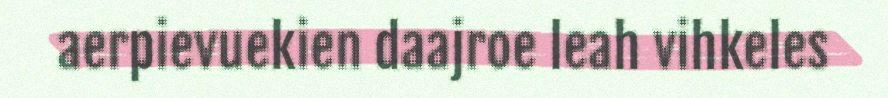
aerpievuekien daajroe leah vihkeles